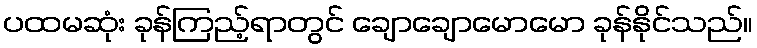
ပထမဆုံး ခုန်ကြည့်ရာတွင် ချောချောမောမော ခုန်နိုင်သည်။